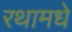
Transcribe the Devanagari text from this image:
रथामधे